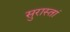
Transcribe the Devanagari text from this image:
सुरास्तां